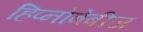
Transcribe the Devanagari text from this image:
हिप्नोबेबीज